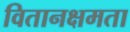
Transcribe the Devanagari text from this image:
वितानक्षमता